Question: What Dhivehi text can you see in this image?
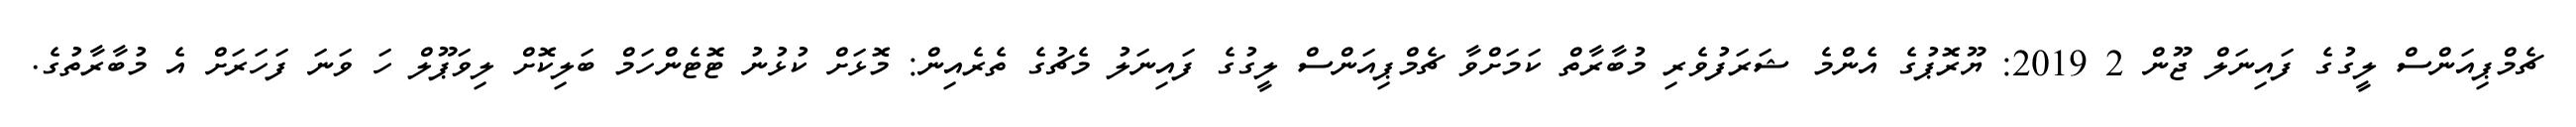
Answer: ޗެމްޕިއަންސް ލީގުގެ ފައިނަލް ޖޫން 2 2019: ޔޫރޮޕުގެ އެންމެ ޝަރަފުވެރި މުބާރާތް ކަމަށްވާ ޗެމްޕިއަންސް ލީގުގެ ފައިނަލު މެޗުގެ ތެރެއިން: މޮޅަށް ކުޅުނު ޓޮޓެންހަމް ބަލިކޮށް ލިވަޕޫލް ހަ ވަނަ ފަހަރަށް އެ މުބާރާތުގެ.